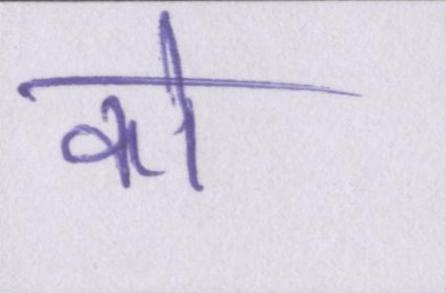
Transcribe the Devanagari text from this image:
को